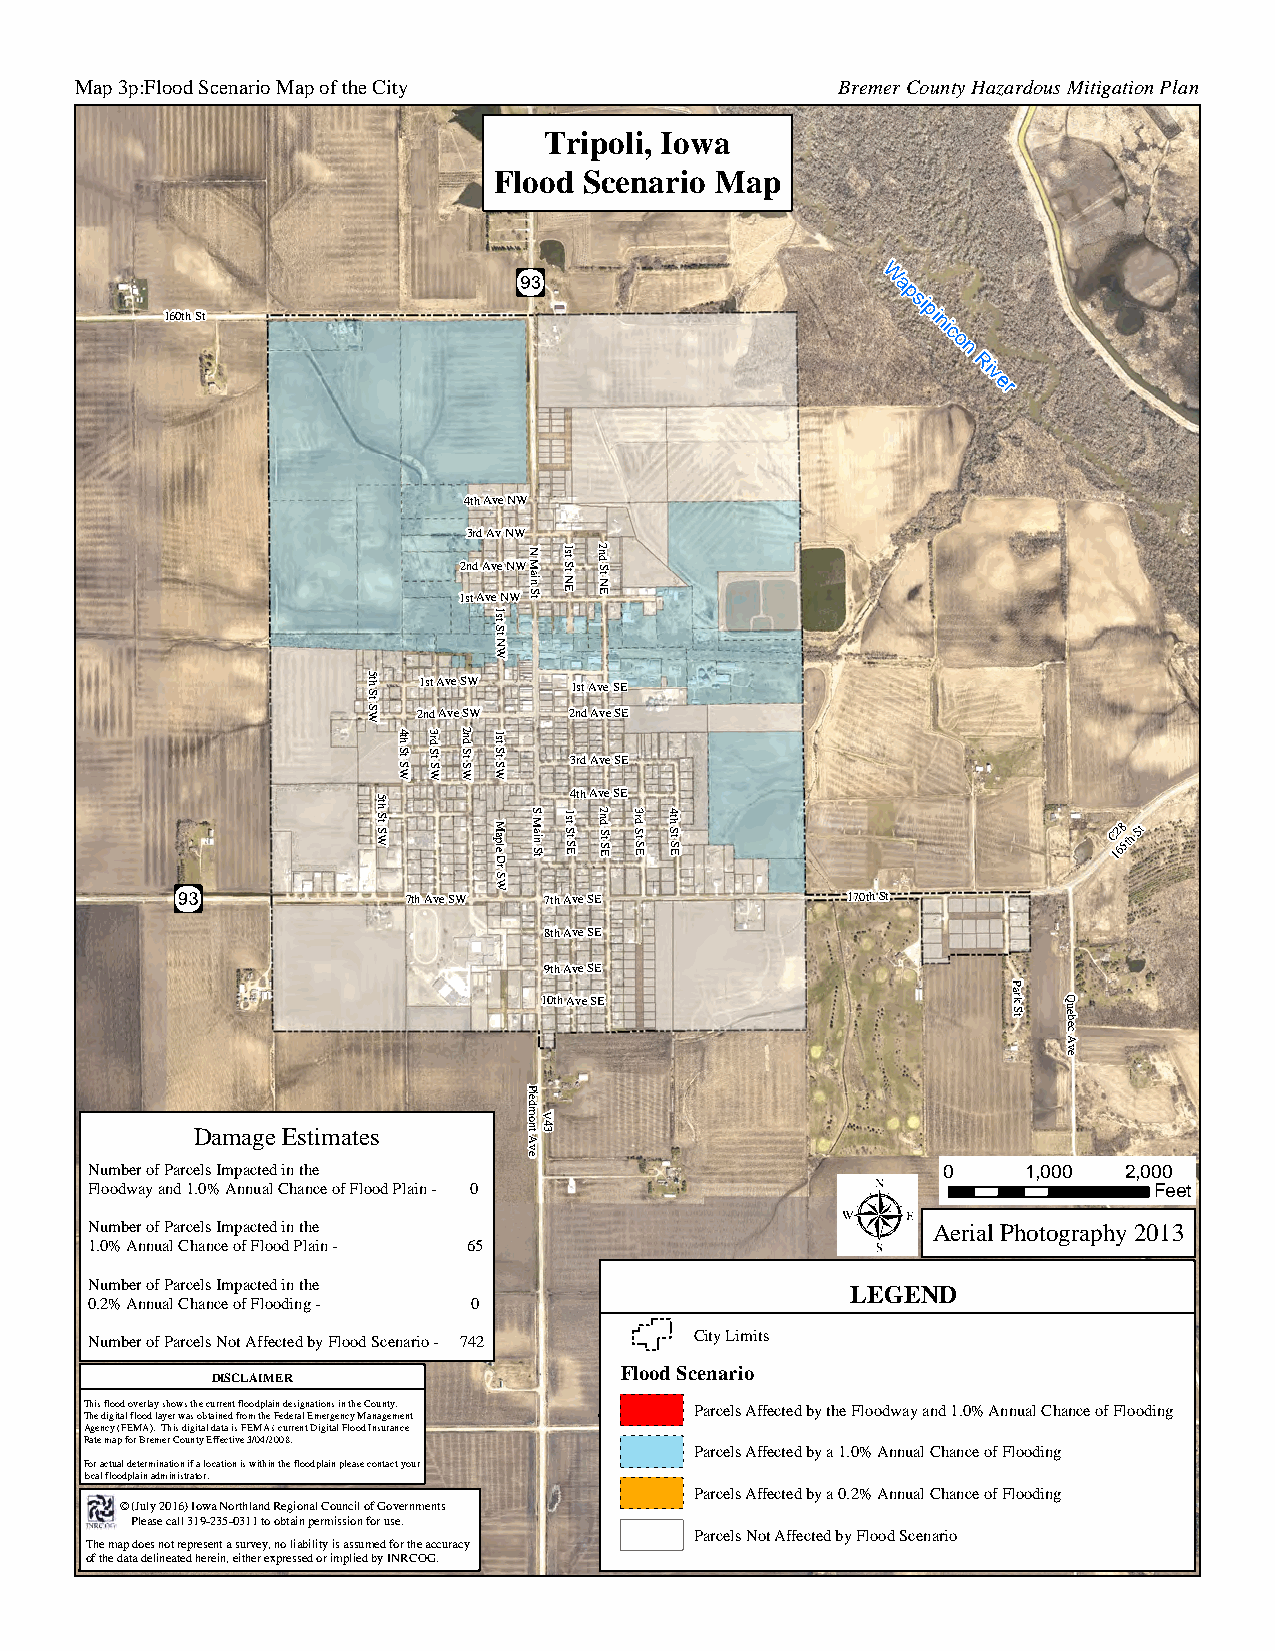
Map 3p:Flood Scenario Map of the City             Bremer County Hazardous Mitigation Plan
 Tripoli, Iowa
 Flood Scenario Map
 W
 a
 p
 si
 160th St                                          pi
 ni
 c
 o
 n
 Ri
 v
 er
 4th Ave NW
 3rd Av NW
 12 sn td A A vv e e N N
 WWN
 M ain S t
 1st
 S t N E
 2nd
 S t N E
 1st
 S
 t
 N
 W
 5th
 S
 1st Ave SW 1st Ave SE
 t
 S W 2nd Ave SW 2nd Ave SE
 4th
 S t S W
 3rd
 S t S W
 2nd
 S t S W
 1st
 S t S W 3rd Ave SE
 4th Ave SE
 5th
 S t S W M aple D S M ain S t 1st S t S E 2nd S t S E 3rd S t S E 4th S t S E C 12 68 5th St
 r
 S
 W
 7th Ave SW 7th Ave SE        170th St
 8th Ave SE
 9th Ave SE
 P
 10th Ave SE
 ark
 S
 t
 Q
 ueb
 ec
 A
 ve
 P
 ied
 mV
 Damage Estimates      o nt A43
 v
 e
 Number of Parcels Impacted in the                       0     1,000 2,000
 Floodway and 1.0% Annual Chance of Flood Plain - 0                    Feet
 Number of Parcels Impacted in the                       Aerial Photography 2013
 1.0% Annual Chance of Flood Plain - 65
 Number of Parcels Impacted in the
 LEGEND
 0.2% Annual Chance of Flooding - 0
 City Limits
 Number of Parcels Not Affected by Flood Scenario - 742
 Flood Scenario
 DISCLAIMER
 This flood overlay shows the current floodplain designations in the County. Parcels Affected by the Floodway and 1.0% Annual Chance of Flooding
 The digital flood layer was obtained from the Federal Emergency Management
 Agency (FEMA). This digital data is FEMA's current Digital Flood Insurance
 Rate map for Bremer County Effective 3/04/2008.
 Parcels Affected by a 1.0% Annual Chance of Flooding
 For actual determination if a location is within the floodplain please contact your
 local floodplain administrator.
 Parcels Affected by a 0.2% Annual Chance of Flooding
 Ave
 © P(J lu el ay
 s
 e2 0 ca1 l6
 l
 )
 3
 I 1o 9w -2a 3N 5o -0rt 3h 1l 1an td
 o
 R obe tg ai io nn pa el rC mo iu ssn ic oi nl o fof rG uo sv ee .rnments Quail
 Parcels Not Affected by Flood Scenario
 The map does not represent a survey, no liability is assumed for the accuracy
 of the data delineated herein, either expressed or implied by INRCOG.